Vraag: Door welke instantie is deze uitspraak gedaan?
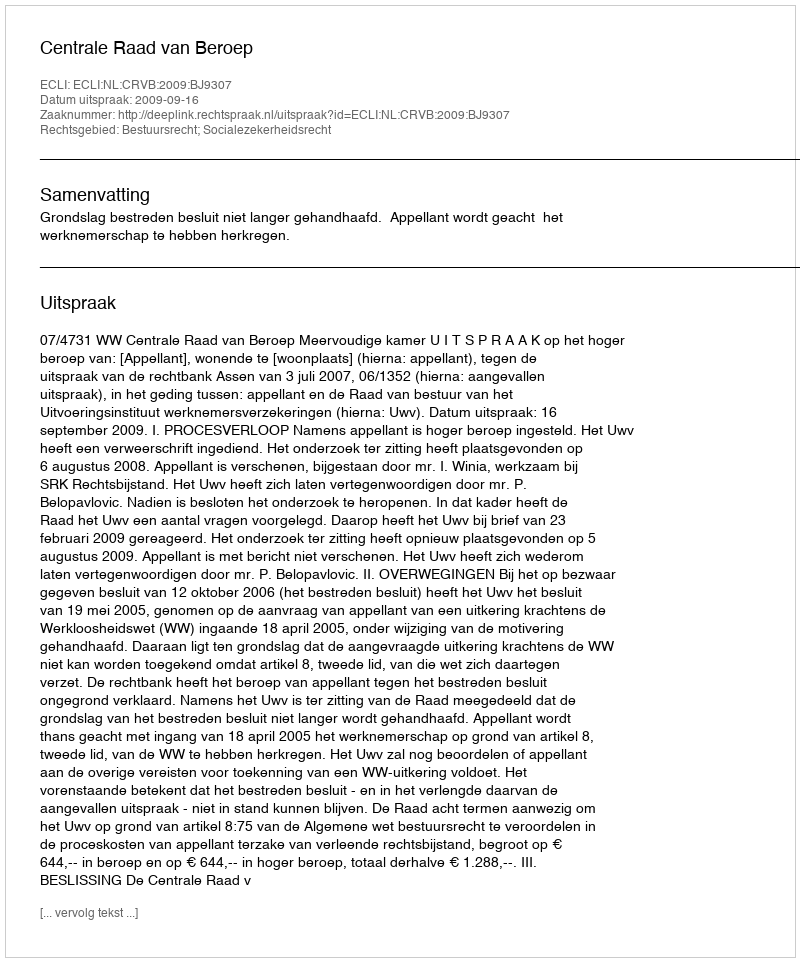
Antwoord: Centrale Raad van Beroep